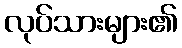
လုပ်သားများ၏